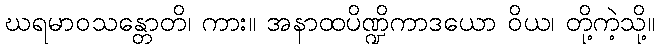
ဃရမာဝသန္တောတိ၊ ကား။ အနာထပိဏ္ဍိကာဒယော ဝိယ၊ တို့ကဲ့သို့။